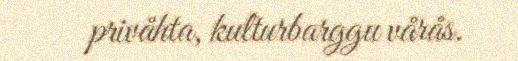
privåhta, kulturbarggu vårås.